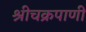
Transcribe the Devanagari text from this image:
श्रीचक्रपाणी